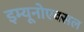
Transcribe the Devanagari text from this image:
इम्यूनोएक्सल